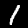
Label: 1